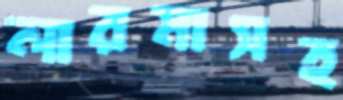
লারমাসহ